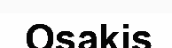
Osakis